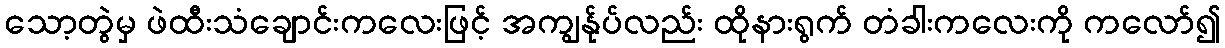
သော့တွဲမှ ဖဲထီးသံချောင်းကလေးဖြင့် အကျွန်ုပ်လည်း ထိုနားရွက် တံခါးကလေးကို ကလော်၍